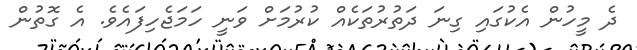
ދެ މީހުން އެކުގައި ގިނަ ދަތުރުތަކެއް ކުރުމަށް ވަނީ ހަމަޖެހިފައެވެ. އެ ގޮތުން